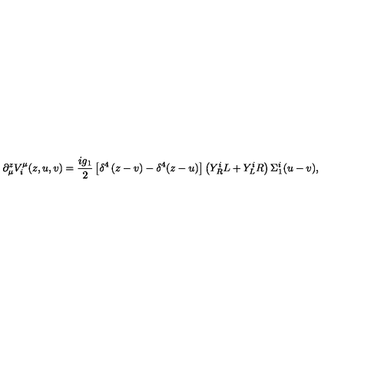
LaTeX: \partial _ { \mu } ^ { z } V _ { i } ^ { \mu } ( z , u , v ) = \frac { i g _ { 1 } } { 2 } \left[ \delta ^ { 4 } \left( z - v \right) - \delta ^ { 4 } ( z - u ) \right] \left( Y _ { R } ^ { i } L + Y _ { L } ^ { i } R \right) \Sigma _ { 1 } ^ { i } ( u - v ) ,